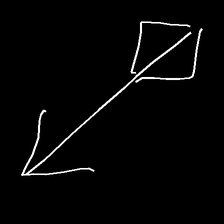
Glyph: focus